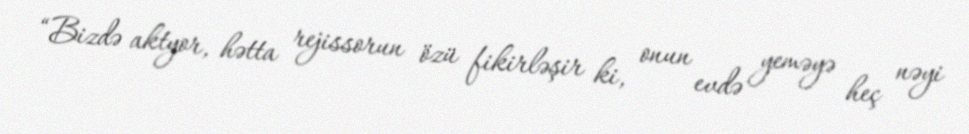
“Bizdə aktyor, hətta rejissorun özü fikirləşir ki, onun evdə yeməyə heç nəyi